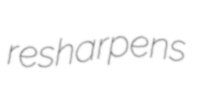
resharpens